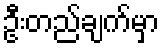
ဦးတည်ချက်မှာ